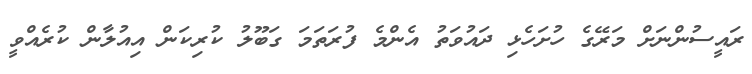
ރައީސުންނަށް މަރޭގެ ހުށަހެޅި ދައުވަތު އެންމެ ފުރަތަމަ ގަބޫލު ކުރިކަން އިއުލާން ކުރެއްވީ